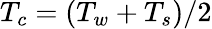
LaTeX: T_{c}=(T_{w}+T_{s})/2